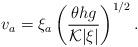
LaTeX: \begin{align*} v_a=\xi_a\left(\frac{\theta h g}{{\cal K} |\xi|}\right)^{1/2}. \end{align*}